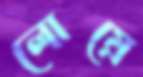
লোয়ে